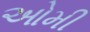
ઓમી